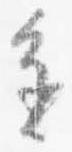
進